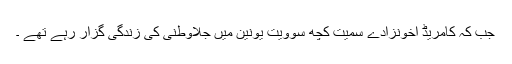
جب کہ کامریڈ اخونزادے سمیت کچھ سوویت یونین میں جلاوطنی کی زندگی گزار رہے تھے ۔